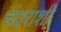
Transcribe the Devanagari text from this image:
चंद्रराशी